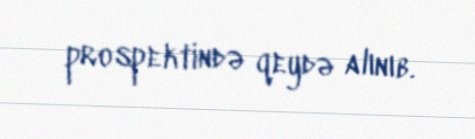
prospektində qeydə alınıb.